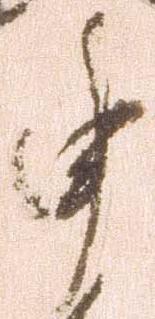
申